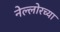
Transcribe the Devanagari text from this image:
नेल्लोरच्या